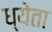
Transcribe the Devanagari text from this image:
ध्येता